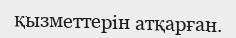
қызметтерін атқарған.